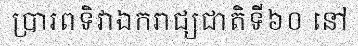
ប្រារពទិវាឯករាជ្យជាតិទី៦០ នៅ